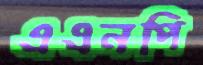
এএনপি